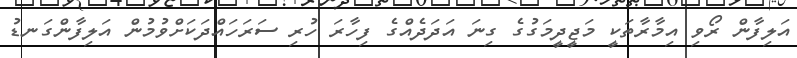
އަލިފާން ރޯވި އިމާރާތަކީ މަޖީދީމަގުގެ ގިނަ އަދަދެއްގެ ފިހާރަ ހުރި ސަރަހައްދަކަށްވުމުން އަލިފާންގަނޑު